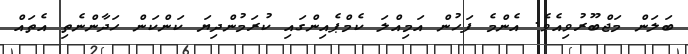
ބަލަން މަޖްބޫރުވިއެވެ. އެންމެ ފަހުން އަމިއްލަ ކެމްޕެއިންގައި ކުރަމުންދިޔަ ކަންކަން ހަދާންނެތި އެތައް